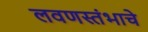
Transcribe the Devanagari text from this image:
लवणस्तंभाचे